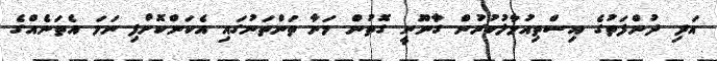
އަދި ދުންފަތުގެ އިސްތިއުމާލުކުރުން ގާނޫނީ ގޮތުން މަނާ ތަންތަނުގައި އެކަންކޮށްފި ނަމަ އެތަނެއްގެ